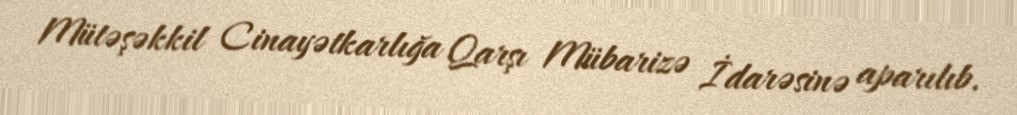
Mütəşəkkil Cinayətkarlığa Qarşı Mübarizə İdarəsinə aparılıb.